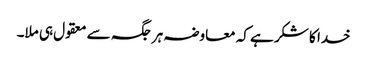
خدا کا شکر ہے کہ معاوضہ ہر جگہ سے معقول ہی ملا۔